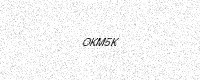
Text: OKM5K